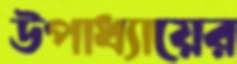
উপাধ্যায়ের